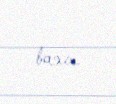
baxır.